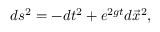
d s ^ { 2 } = - d t ^ { 2 } + e ^ { 2 g t } d \vec { x } ^ { 2 } ,